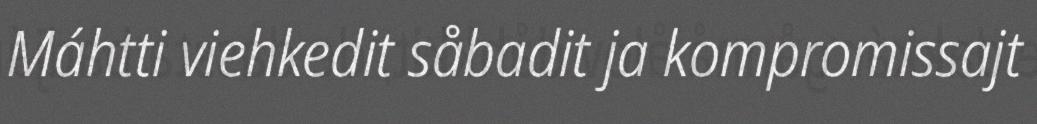
Máhtti viehkedit såbadit ja kompromissajt